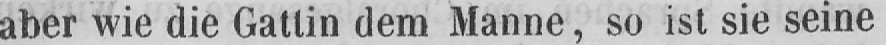
aber wie die Gattin dem Manne, so ist sie seine